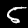
Label: 5